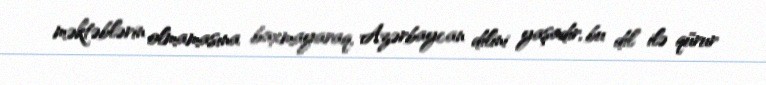
məktəblərin olmamasına baxmayaraq, Azərbaycan dilini yaşadır, bu dil ilə qürur